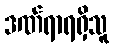
ဒဏ်ရာရရှိသူ